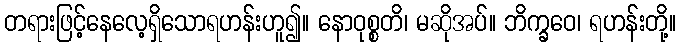
တရားဖြင့်နေလေ့ရှိသောရဟန်းဟူ၍။ နောဝုစ္စတိ၊ မဆိုအပ်။ ဘိက္ခဝေ၊ ရဟန်းတို့။